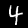
Label: 4